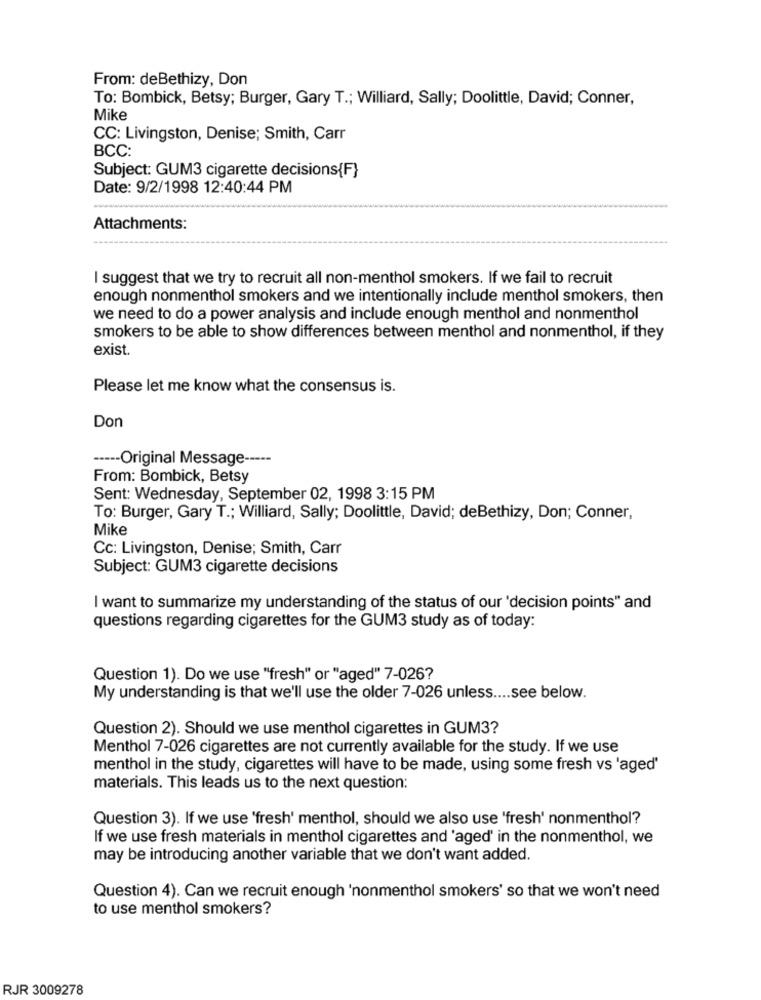
From: deBethizy, Don
To: Bombick, Betsy; Burger, Gary T .; Williard, Sally; Doolittle, David; Conner,
Mike
CC: Livingston, Denise; Smith, Carr
BCC:
Subject: GUM3 cigarette decisions{F}
Date: 9/2/1998 12:40:44 PM
Attachments:
I suggest that we try to recruit all non-menthol smokers. If we fail to recruit
enough nonmenthol smokers and we intentionally include menthol smokers, then
we need to do a power analysis and include enough menthol and nonmenthol
smokers to be able to show differences between menthol and nonmenthol, if they
exist.
Please let me know what the consensus is.
Don
----- Original Message -----
From: Bombick, Betsy
Sent: Wednesday, September 02, 1998 3:15 PM
To: Burger, Gary T .; Williard, Sally; Doolittle, David; deBethizy, Don; Conner,
Mike
Cc: Livingston, Denise; Smith, Carr
Subject: GUM3 cigarette decisions
I want to summarize my understanding of the status of our 'decision points" and
questions regarding cigarettes for the GUM3 study as of today:
Question 1). Do we use "fresh" or "aged" 7-026?
My understanding is that we'll use the older 7-026 unless .... see below.
Question 2). Should we use menthol cigarettes in GUM3?
Menthol 7-026 cigarettes are not currently available for the study. If we use
menthol in the study, cigarettes will have to be made, using some fresh vs 'aged'
materials. This leads us to the next question:
Question 3). If we use 'fresh' menthol, should we also use 'fresh' nonmenthol?
If we use fresh materials in menthol cigarettes and 'aged' in the nonmenthol, we
may be introducing another variable that we don't want added.
Question 4). Can we recruit enough 'nonmenthol smokers' so that we won't need
to use menthol smokers?
RJR 3009278